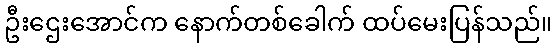
ဦးဌေးအောင်က နောက်တစ်ခေါက် ထပ်မေးပြန်သည်။